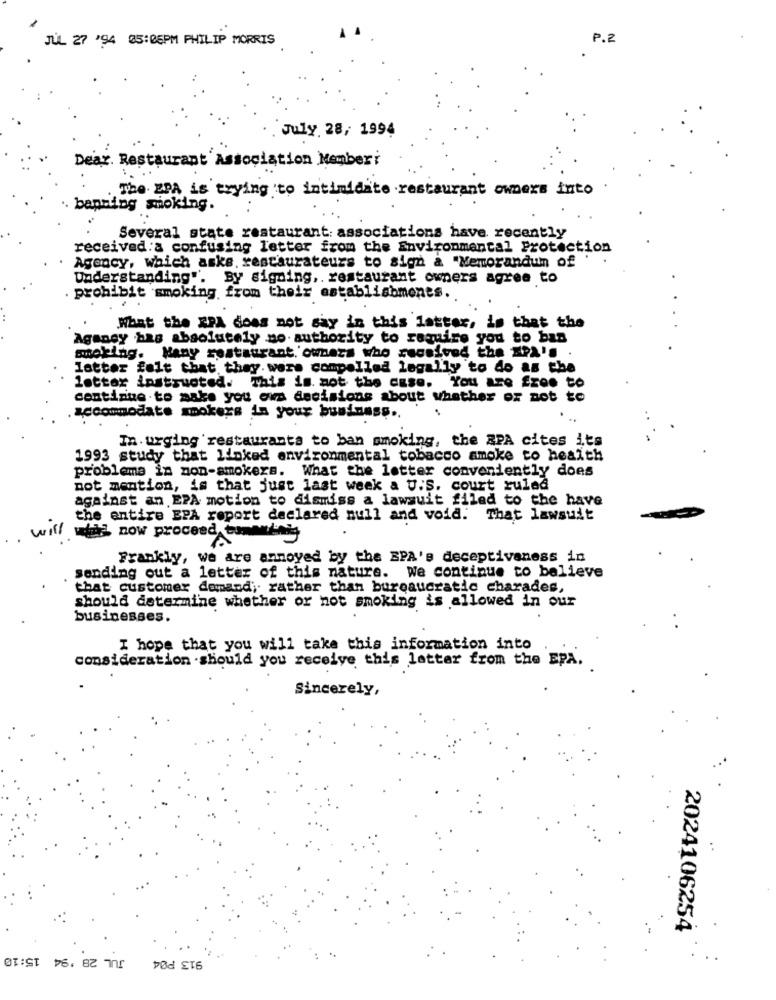
JUL 27 '94 05:05PM PHILIP MORRIS
P.2
July 28, 1994
Dear. Restaurant Association Memberi
The. EPA is trying to intimidate restaurant owners into
banning smoking.
Several state restaurant: associations have recently
received:a confusing letter from the Environmental Protection
Agency, which aske. restaurateurs to sign & "Memorandum of
Understanding". By signing ,. restaurant owners agree to
prohibit smoking from their establishments.
What the EPA does not say in this latter, is that the
Agancy bas absolutely no authority to require you to ban
making. Many restaurant owners who received the SPA'S .
lotter felt that they were compelled legally to do as the
letter instructed. This is not the case. You are free to
continue to make you ows decisions about whether or not to
accommodate smokers in your business ..
In urging restaurants to ban smoking, the APA cites its
1993 study that linked environmental tobacco amoke to health
problema in non-smokers. What the letter conveniently does
not mention, is that just last week a U.S. court ruled
against an EPA motion to dismiss a lawsuit filed to the have
the entire EPA report declared null and void. That lawsuit
if/ when now proceed tomania
Frankly, we are annoyed by the SPA's deceptiveness in
sending out a letter of this nature. We continue to believe
that customer domand; rather than bureaucratic charades,
should determine whether or not smoking is allowed in our
businesses.
I hope that you will take this information into
consideration .should you receive this letter from the EPA.
Sincerely,
2024106254
JUL 28 '94 15:10
913 P04